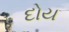
દોય